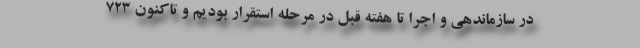
در سازماندهی و اجرا تا هفته قبل در مرحله استقرار بودیم و تاکنون ۷۲۳